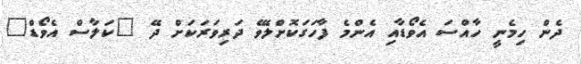
ދެން ހިމެނީ ހާއްސަ އެވޯޑާއި އެންމެ ފާހަގަކޮށްލެވޭ ދަރިވަރަަކަށް ދޭ "ކަލާސް އެވޯޑް"